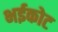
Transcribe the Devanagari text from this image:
भईकोट